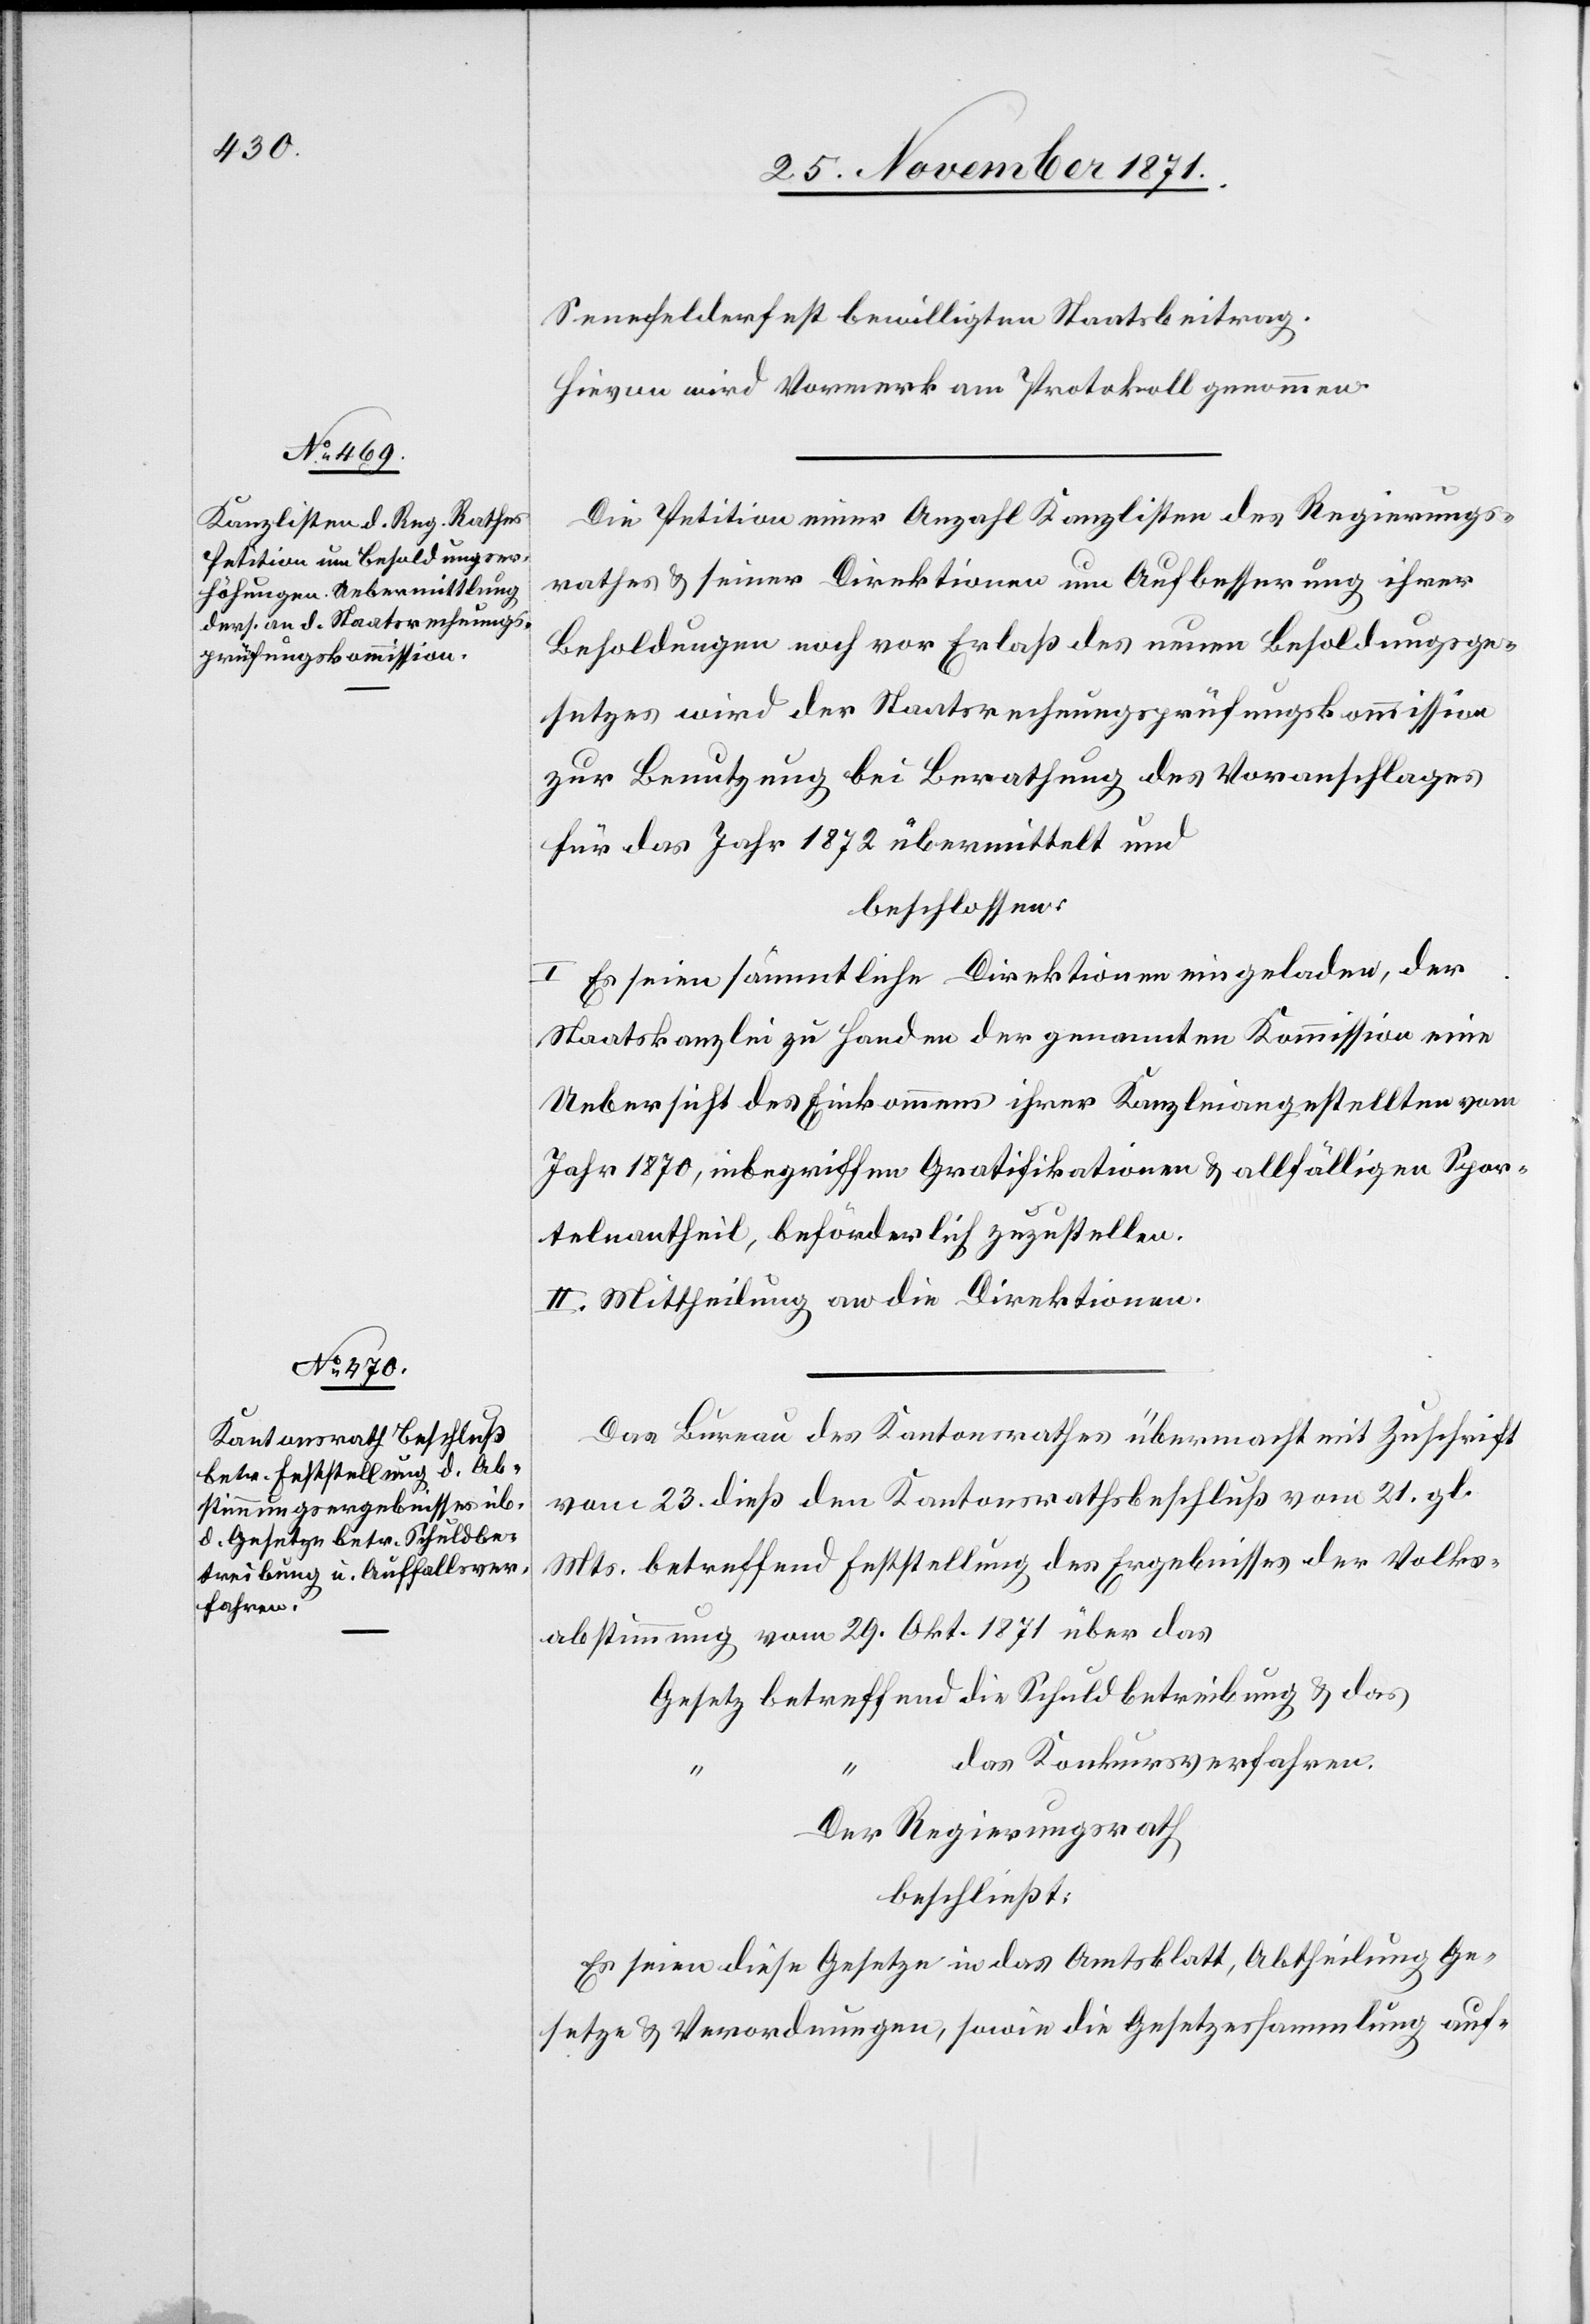
Sennefelderfest bewilligten Staatsbeitrag.
Hievon wird Vormerk am Protokoll genommen.
Die Petition einer Anzahl Kanzlisten des Regierungs¬
rathes & seiner Direktionen um Aufbesserung ihrer
Besoldungen noch vor Erlaß des neuen Besoldungsge¬
setzes wird der Staatsrechnungsprüfungskommission
zur Benutzung bei Berathung des Voranschlages
für das Jahr 1872 übermittelt und
beschlossen:
I. Es seien sämmtliche Direktionen eingeladen, der
Staatskanzlei zu Handen der genannten Kommission eine
Uebersicht des Einkommens ihrer Kanzleiangestellten vom
Jahr 1870, inbegriffen Gratifikationen & allfälligen Spor¬
teleantheil, beförderlich zuzustellen.
II. Mittheilung an die Direktionen.
Das Bureau des Kantonsrathes übermacht mit Zuschrift
vom 23. dieß den Kantonsrathsbeschluß vom 21. gl.
Mts. betreffend Feststellung des Ergebnisses der Volks¬
abstimmung vom 29. Okt. 1871 über das
Gesetz betreffend die Schuldbetreibung & das
das Konkursverfahren.
Der Regierungsrath
beschließt:
Es seien diese Gesetze in das Amtsblatt, Abtheilung Ge¬
setze & Verordnungen, sowie die Gesetzessammlung auf-